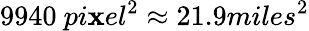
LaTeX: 9940~pi\mathbf{x}el^{2}\approx21.9miles^{2}